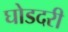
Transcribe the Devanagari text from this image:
घोडदरी